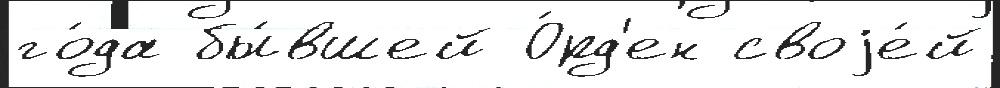
го́да бы́вшей О́рд'ен своjе́й